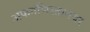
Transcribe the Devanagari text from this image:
अफगणिस्तानवर